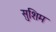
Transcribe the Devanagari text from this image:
सुशिम